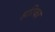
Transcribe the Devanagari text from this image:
हरिका